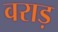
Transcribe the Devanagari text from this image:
वराड़